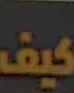
كيف